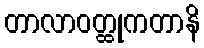
တာလာဝတ္ထုကတာနိ